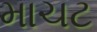
માચટ